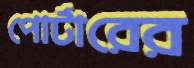
পোর্টারের